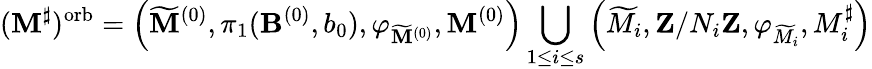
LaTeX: ({\mathbf M}^{\sharp})^{\mathrm{orb}}=\left(\widetilde{{\mathbf M}}^{(0)},\pi_{1}({\mathbf B}^{(0)},b_{0}),\varphi_{\widetilde{{\mathbf M}}^{(0)}},{\mathbf M}^{(0)}\right)\bigcup_{1\leq i\leq s}\left(\widetilde{M}_{i},{\mathbf Z}/N_{i}{\mathbf Z},\varphi_{\widetilde{M}_{i}},M_{i}^{\sharp}\right)